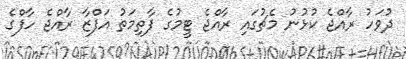
ދުވަހު ރާއްޖެ ކުޅުނު މެޗުގައި ރާއްޖެ ޓީމުގެ ފާތިމަތު އަފްޒާ ރާއްޖެ ހާފްގެ